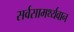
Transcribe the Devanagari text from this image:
सर्वसामर्थ्यवान